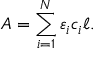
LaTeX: A = \sum _ { i = 1 } ^ { N } \varepsilon _ { i } c _ { i } \ell .